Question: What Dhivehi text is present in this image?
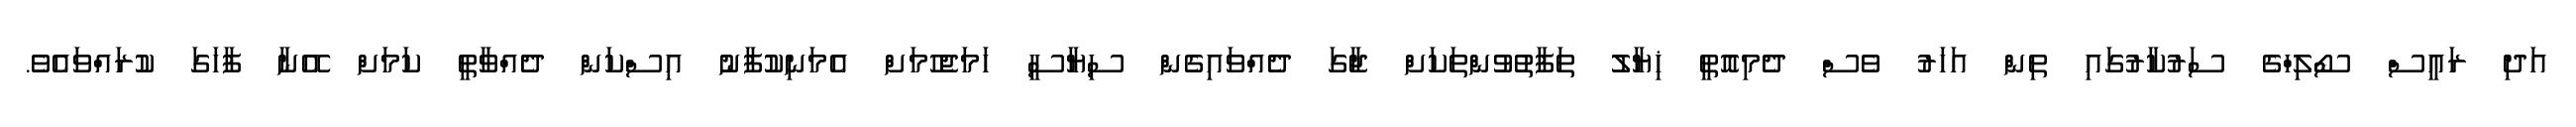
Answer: އަދި ރައީސް ސޯލިހްގެ ސަރުކާރުގައި ތިން އަހަރު ވެސް ދެމިއޮތީ ޚިޔާލު ތަފާތުވުންތަކަށް ޖާގަ ދެއްވައިގެން ސިޔާސީ ހަމަޖެހުމަށް އެމަނިކުފާނު އިސްކަން ދެއްވާތީ ކަމަށް އޭނާ ފާހަގަ ކުރައްވައެވެ.